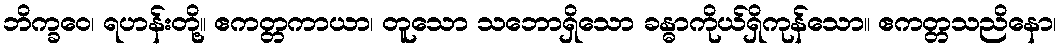
ဘိက္ခဝေ၊ ရဟန်းတို့။ ဧကတ္တကာယာ၊ တူသော သဘောရှိသော ခန္ဓာကိုယ်ရှိကုန်သော။ ဧကတ္တသညိနော၊